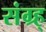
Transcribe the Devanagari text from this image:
संग्र्ह्